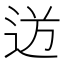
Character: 𮞍